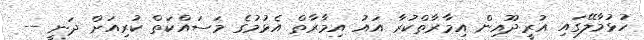
ހުޅުމާލޭގައި އުރީދޫއިން އިމާރާތްކުރާ އައު އިމާރާތް އެޅުމުގެ މަސައްކަތް ކުރިއަށް ދަނީ --